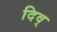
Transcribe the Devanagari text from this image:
दिव्‌